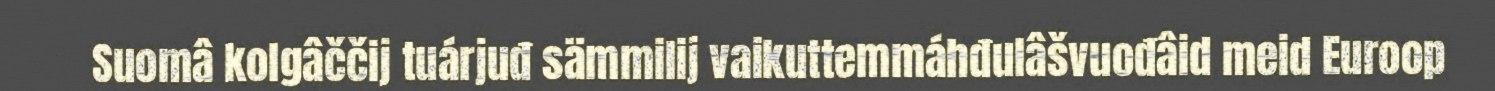
Suomâ kolgâččij tuárjuđ sämmilij vaikuttemmáhđulâšvuođâid meid Euroop